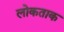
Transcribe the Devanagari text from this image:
लोकताक